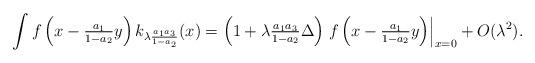
LaTeX: \begin{align*}\int f\left(x-\tfrac{a_1}{1-a_2}y\right) k_{\lambda\frac{a_1a_3}{1-a_2}}(x) = \left(1+\lambda \tfrac{a_1a_3}{1-a_2} \Delta\right) \left.f\left(x-\tfrac{a_1}{1-a_2}y\right)\right|_{x=0} + O(\lambda^2).\end{align*}